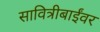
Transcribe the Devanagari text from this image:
सावित्रीबाईंवर